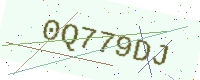
Text: 0Q779DJ